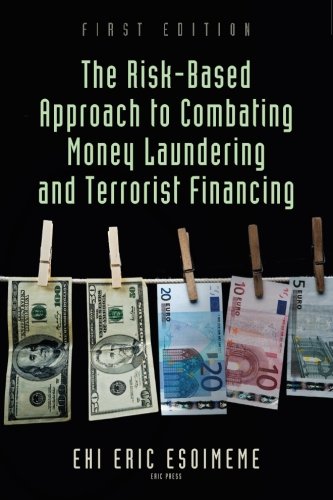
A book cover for The Risk-Based Approach to Combating Money Laundering and Terrorist Financing; Ehi Eric Esoimeme; Law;